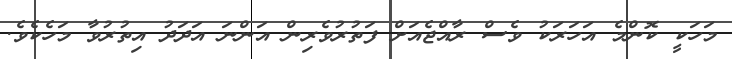
މަހަކީ ކޮންމެ އަހަރަކު ވެސް ރާއްޖެއަށް ފަތުރުވެރިން އަންނަ އަދަދު އިތުރުވާ މަހެކެވެ.